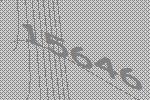
15646